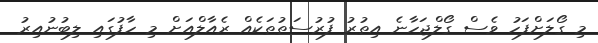
މި ގޯލަށްފަހު ވެސް ގޯލްޖަހާނެ އިތުރު ފުރުސަތުތަކެއް ރެއާލްއަށް މި ހާފުގައި ލިބުނުއިރު